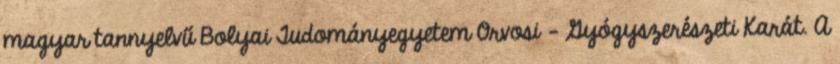
magyar tannyelvű Bolyai Tudományegyetem Orvosi - Gyógyszerészeti Karát. A